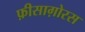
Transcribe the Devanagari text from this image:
फ़ीसाग़ोरस